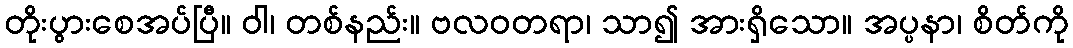
တိုးပွားစေအပ်ပြီ။ ဝါ၊ တစ်နည်း။ ဗလဝတရာ၊ သာ၍ အားရှိသော။ အပ္ပနာ၊ စိတ်ကို